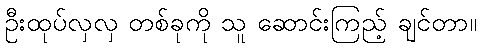
ဦးထုပ်လှလှ တစ်ခုကို သူ ဆောင်းကြည့် ချင်တာ။